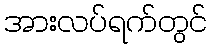
အားလပ်ရက်တွင်